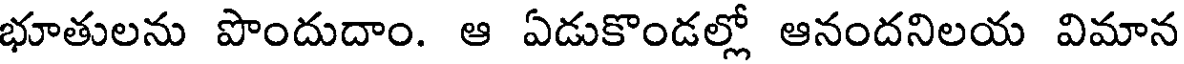
భూతులను పొందుదాం. ఆ ఏడుకొండల్లో ఆనందనిలయ విమాన